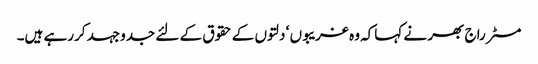
مسٹر راج بھر نے کہاکہ وہ غریبوں ‘ دلتوں کے حقوق کے لئے جدوجہد کررہے ہیں۔